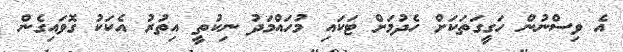
އެ ވިސްނުން ހަގީގަތަކަށް ހެދުމަށް ޓަކައި މުހައްމަދު ނިކުތީ އިތުރު އެކަކު ގޮވައިގެން